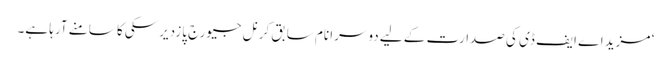
‘ مزید اے ایف ڈی کی صدارت کے لیے دوسرا نام سابق کرنل جیورج پازدیرسکی کا سامنے آرہا ہے۔